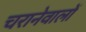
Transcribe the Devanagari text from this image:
चरानेवालों